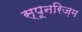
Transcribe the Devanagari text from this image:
स्पूनरिज़म